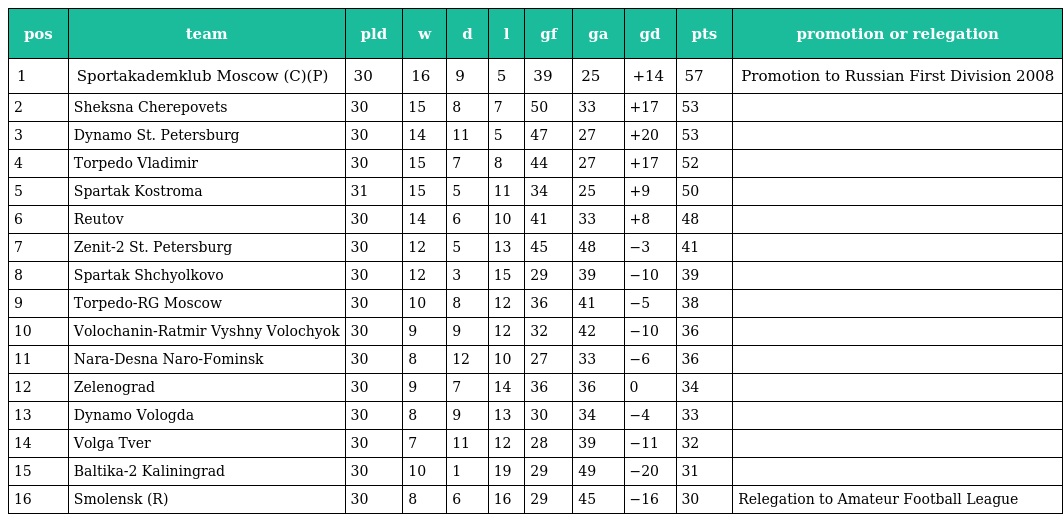
| pos | team | pld | w | d | l | gf | ga | gd | pts | promotion or relegation |
 | --- | --- | --- | --- | --- | --- | --- | --- | --- | --- | --- |
 | 1 | Sportakademklub Moscow (C)(P) | 30 | 16 | 9 | 5 | 39 | 25 | +14 | 57 | Promotion to Russian First Division 2008 |
 | 2 | Sheksna Cherepovets | 30 | 15 | 8 | 7 | 50 | 33 | +17 | 53 |  |
 | 3 | Dynamo St. Petersburg | 30 | 14 | 11 | 5 | 47 | 27 | +20 | 53 |  |
 | 4 | Torpedo Vladimir | 30 | 15 | 7 | 8 | 44 | 27 | +17 | 52 |  |
 | 5 | Spartak Kostroma | 31 | 15 | 5 | 11 | 34 | 25 | +9 | 50 |  |
 | 6 | Reutov | 30 | 14 | 6 | 10 | 41 | 33 | +8 | 48 |  |
 | 7 | Zenit-2 St. Petersburg | 30 | 12 | 5 | 13 | 45 | 48 | −3 | 41 |  |
 | 8 | Spartak Shchyolkovo | 30 | 12 | 3 | 15 | 29 | 39 | −10 | 39 |  |
 | 9 | Torpedo-RG Moscow | 30 | 10 | 8 | 12 | 36 | 41 | −5 | 38 |  |
 | 10 | Volochanin-Ratmir Vyshny Volochyok | 30 | 9 | 9 | 12 | 32 | 42 | −10 | 36 |  |
 | 11 | Nara-Desna Naro-Fominsk | 30 | 8 | 12 | 10 | 27 | 33 | −6 | 36 |  |
 | 12 | Zelenograd | 30 | 9 | 7 | 14 | 36 | 36 | 0 | 34 |  |
 | 13 | Dynamo Vologda | 30 | 8 | 9 | 13 | 30 | 34 | −4 | 33 |  |
 | 14 | Volga Tver | 30 | 7 | 11 | 12 | 28 | 39 | −11 | 32 |  |
 | 15 | Baltika-2 Kaliningrad | 30 | 10 | 1 | 19 | 29 | 49 | −20 | 31 |  |
 | 16 | Smolensk (R) | 30 | 8 | 6 | 16 | 29 | 45 | −16 | 30 | Relegation to Amateur Football League |